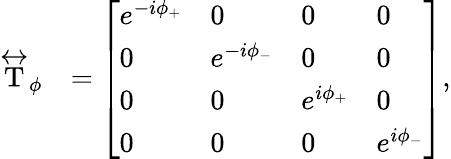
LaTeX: \begin{array}{rl}{\stackrel{\leftrightarrow}{\mathrm{T}}_{\phi}}&{=\left[\begin{array}{llll}{e^{-i\phi_{+}}}&{0}&{0}&{0}\\ {0}&{e^{-i\phi_{-}}}&{0}&{0}\\ {0}&{0}&{e^{i\phi_{+}}}&{0}\\ {0}&{0}&{0}&{e^{i\phi_{-}}}\end{array}\right],}\end{array}